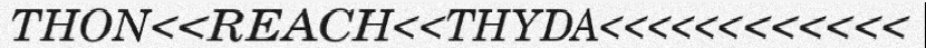
THON<<REACH<<THYDA<<<<<<<<<<<<